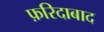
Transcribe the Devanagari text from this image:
फ़रिदाबाद